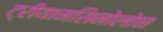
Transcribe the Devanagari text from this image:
ट्रीयामसिनोलोन